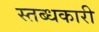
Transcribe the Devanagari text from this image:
स्‍तब्‍धकारी